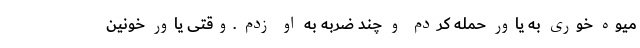
میوه خوری به یاور حمله کردم و چند ضربه به او زدم .وقتی یاور خونین